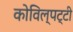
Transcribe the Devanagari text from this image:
कोविल्पट्टी